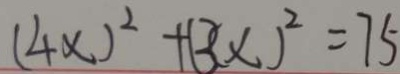
( 4 x ) ^ { 2 } + ( 3 x ) ^ { 2 } = 7 5